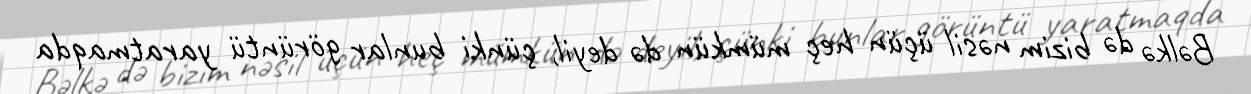
Bəlkə də bizim nəsil üçün heç mümkün də deyil, çünki bunlar görüntü yaratmaqda